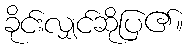
ခိုင်းလျှင်ဆိုပြ၏။